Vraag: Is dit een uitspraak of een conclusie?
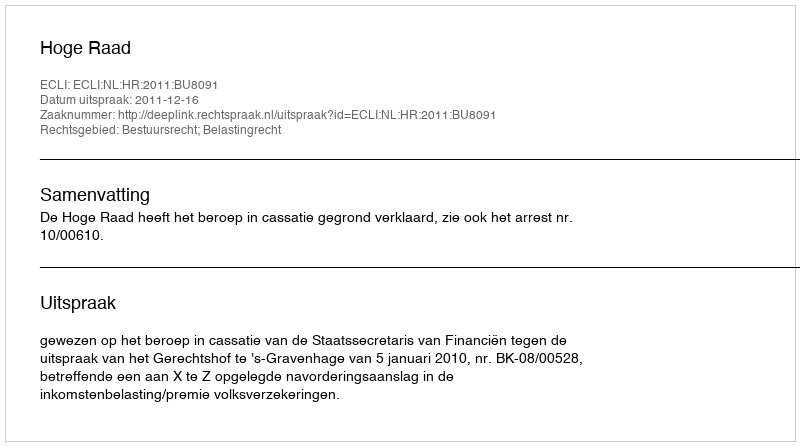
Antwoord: Uitspraak